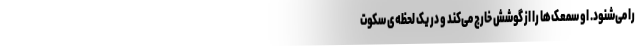
را می‌شنود. او سمعک‌ها را از گوشش خارج می‌کند و در یک لحظه‌ی سکوت